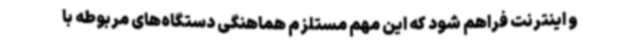
و اینترنت فراهم شود که این مهم مستلزم هماهنگی دستگاه‌های مربوطه با